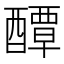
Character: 醰